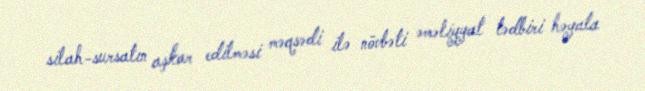
silah-sursatın aşkar edilməsi məqsədi ilə növbəti əməliyyat tədbiri həyata